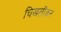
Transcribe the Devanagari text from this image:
चिखलीकर